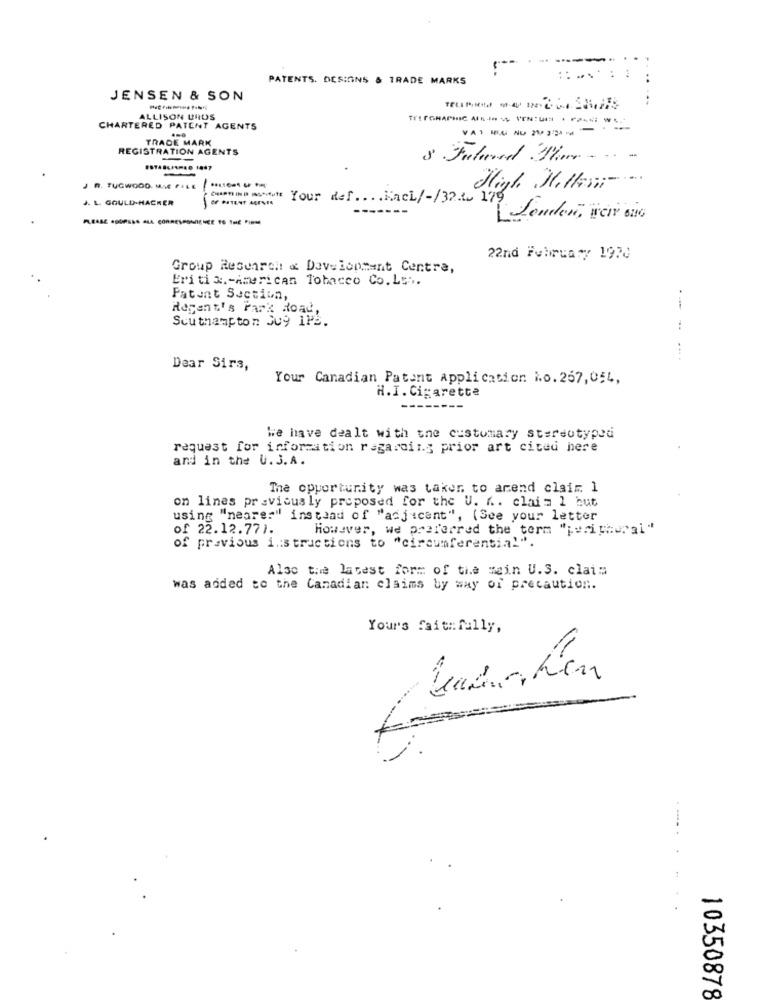
------
PATENTS. DESIGNS & TRADE MARKS
..
JENSEN & SON
ALLISON DROS
TILFGRAPHIC ALL- IN -
CHARTERED PATENT AGENTS
TRADE MARK
REGISTRATION AGENTS
-
S Fuloved Hhv - .. .
ESTAS ***** 0 1447
JR. TUGWOOD. MA FILE -- - **
High Jellem- ...
J. L. GGULD-HACKER
Cuisine watt Your def .... Kach/-/32.1. 179
Lemken, Har asa
22nd February 1970
Group Research & Development Centre,
Eriti & .- American Tobacco Co.Les.
Patent Section,
Regent's Park Road,
---
Southampton Su9 1PB.
....
Dear Sirs,
Your Canadian Patent Application No. 257, 054,
H.I. Cigarette
We have dealt with the customary stereotyped
request for information regarding prior art cited here
and in the U. S.A.
The opportunity was taken to anend claim. I
on lines previously proposed for the U. K .. clai= 1 but
using "nearer" instead of "acjicant", (See your letter
of 22.12.77).
However, we preferred the term "peripheral"
of previous instructions to "circunferencial".
Also the latest form of the mein U.S. claim
was added to the Canadian claims by way of precaution.
Your's faithfully,
10350878